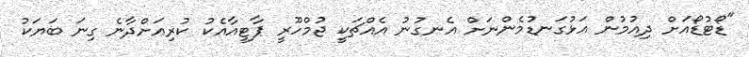
"ޑޯޓުޑޯއަށް ދިއުމުން އަޅުގަނޑުމެންނަށް އެނގުނު އެއްޗަކީ ޖުމްހޫރީ ޕާޓީއާއެކު ކުރިއަށްދާނެ ގިނަ ބަޔަކު